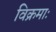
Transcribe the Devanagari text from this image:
विक्रमाः